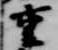
重